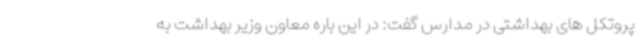
پروتکل های بهداشتی در مدارس گفت: در این باره معاون وزیر بهداشت به